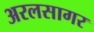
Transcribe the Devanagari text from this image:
अरलसागर